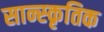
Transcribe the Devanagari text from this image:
सान्स्कृतिक